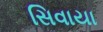
સિવાયા